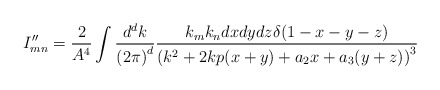
\begin{align*}I''_{mn}=\frac{2}{A^4}\int \frac{d^d k}{{(2\pi)}^d}\frac{k_m k_n dx dy dz \delta(1-x-y-z)}{{(k^2+ 2kp(x+y)+a_2 x+a_3(y+z))}^3}\end{align*}